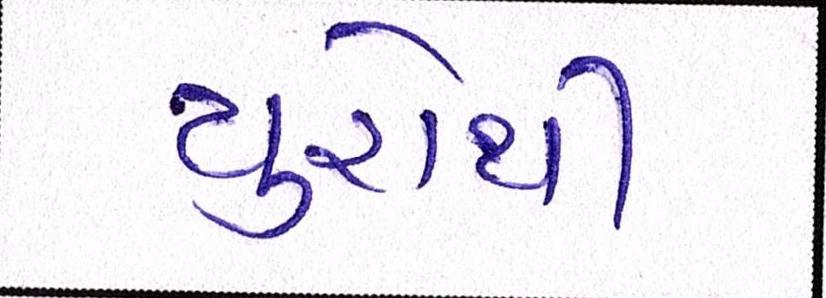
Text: યુરોથી